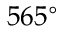
5 6 5 ^ { \circ }